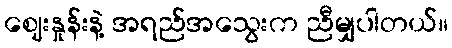
ဈေးနှုန်းနဲ့ အရည်အသွေးက ညီမျှပါတယ်။